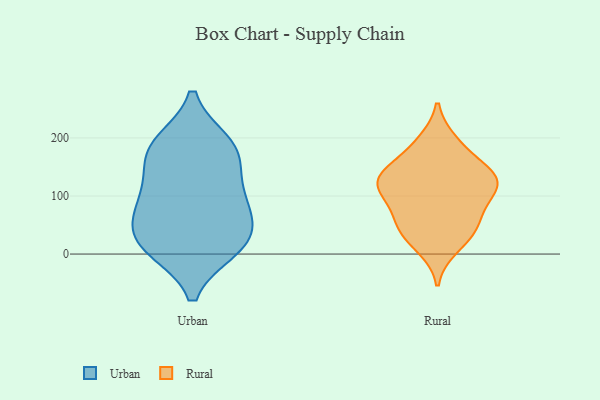
{"axis": {"x": "Revenue (USD Million)", "y": "Value"}, "legend": ["Rural", "Urban"], "data": [{"x": "", "y": 21, "type": "Urban"}, {"x": "", "y": 34, "type": "Urban"}, {"x": "", "y": 175, "type": "Urban"}, {"x": "", "y": 190, "type": "Urban"}, {"x": "", "y": 92, "type": "Urban"}, {"x": "", "y": 160, "type": "Urban"}, {"x": "", "y": 10, "type": "Urban"}, {"x": "", "y": 100, "type": "Urban"}, {"x": "", "y": 186, "type": "Urban"}, {"x": "", "y": 94, "type": "Urban"}, {"x": "", "y": 52, "type": "Urban"}, {"x": "", "y": 10, "type": "Urban"}, {"x": "", "y": 134, "type": "Rural"}, {"x": "", "y": 112, "type": "Rural"}, {"x": "", "y": 43, "type": "Rural"}, {"x": "", "y": 184, "type": "Rural"}, {"x": "", "y": 63, "type": "Rural"}, {"x": "", "y": 132, "type": "Rural"}, {"x": "", "y": 142, "type": "Rural"}, {"x": "", "y": 130, "type": "Rural"}, {"x": "", "y": 55, "type": "Rural"}, {"x": "", "y": 95, "type": "Rural"}, {"x": "", "y": 33, "type": "Rural"}, {"x": "", "y": 131, "type": "Rural"}, {"x": "", "y": 12, "type": "Rural"}, {"x": "", "y": 193, "type": "Rural"}, {"x": "", "y": 102, "type": "Rural"}]}